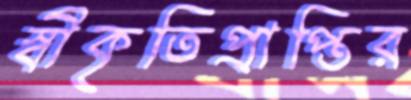
স্বীকৃতিপ্রাপ্তির